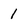
Character: 1